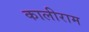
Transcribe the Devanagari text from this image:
कालीराम